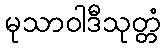
မုသာဝါဒီသုတ္တံ